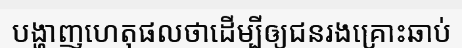
បង្ហាញហេតុផលថាដើម្បីឲ្យជនរងគ្រោះឆាប់